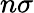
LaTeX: n\sigma